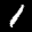
Label: 1